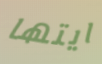
ايتها